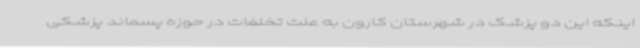
اینکه این دو پزشک در شهرستان کارون به علت تخلفات در حوزه پسماند پزشکی